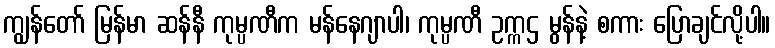
ကျွန်တော် မြန်မာ ဆန်နီ ကုမ္ပဏီက မန်နေဂျာပါ၊ ကုမ္ပဏီ ဥက္ကဌ မွန်နဲ့ စကား ပြောချင်လို့ပါ။